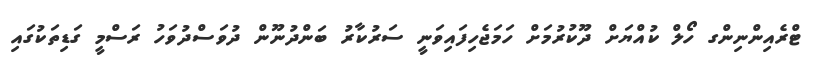
ޓްރެއިންނިންގ ހޯލް ކުއްޔަށް ދޫކުރުމަށް ހަމަޖެހިފައިވަނީ ސަރުކާރު ބަންދުނޫން ދުވަސްދުވަހު ރަސްމީ ގަޑިތަކުގައި